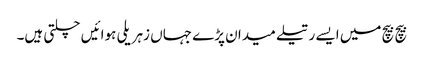
بیچ بیچ میں ایسے رتیلے میدان پڑے جہاں زہریلی ہوائیں چلتی ہیں۔